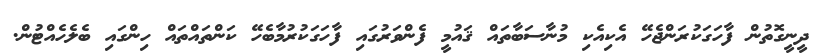
ދީނީގޮތުން ފާހަގަކުރަންޖެހޭ އެކިއެކި މުނާސަބާތައް ޤައުމީ ފެންވަރުގައި ފާހަގަކުރުމާބެހޭ ކަންތައްތައް ހިންގައި ބެލެހެއްޓުން.